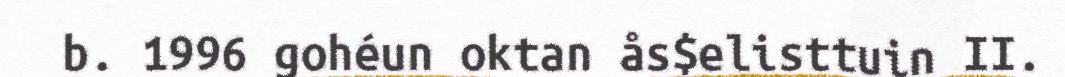
b. 1996 gohéun oktan ås$elisttuin II.